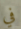
في